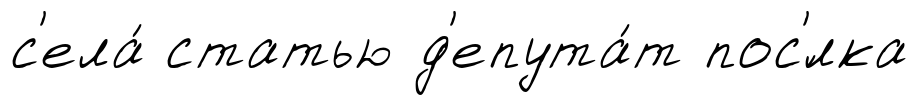
с'ела́ статью д'епута́т пос'́лка